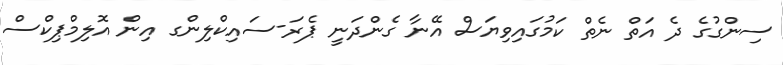
ސިންގުގެ ދެ އަތް ނެތް ކަމުގައިވިޔަސް އޭނާ ގެންދަނީ ޕެރަ-ސައިކްލިންގ އިން އޮލިމްޕިކްސް